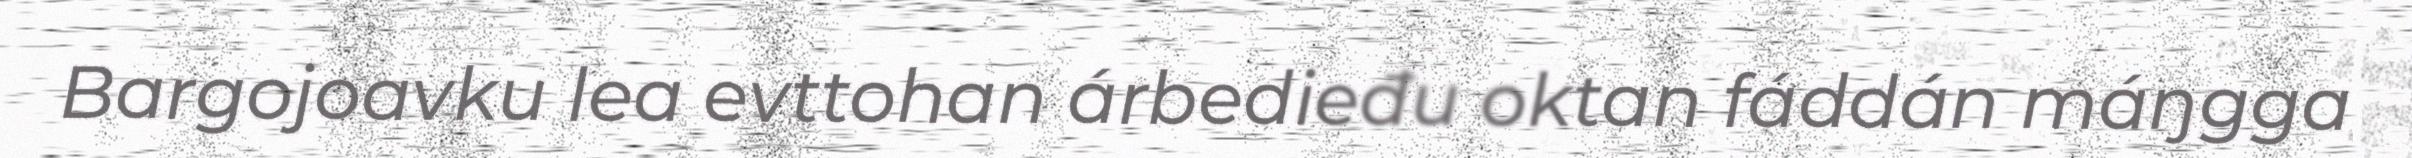
Bargojoavku lea evttohan árbedieđu oktan fáddán máŋgga